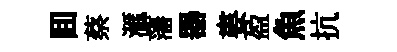
囬蔡滙藩器婁盈魚抗